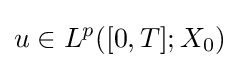
u\in L^{p}([0,T];X_{0})